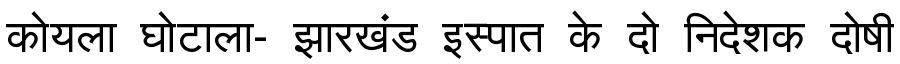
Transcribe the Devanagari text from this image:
कोयला घोटाला- झारखंड इस्पात के दो निदेशक दोषी